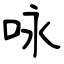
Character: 咏